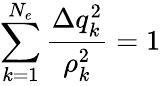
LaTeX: \sum_{k=1}^{N_{e}}{\frac{\Delta q_{k}^{2}}{\rho_{k}^{2}}}=1